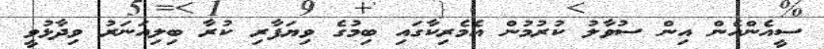
ސީއެންއެން އިން ސުވާލު ކުރުމުން އެމެރިކާގައި ބިމުގެ ވިޔަފާރި ކުރާ ބިލިއަނަރު ވިދާޅުވީ